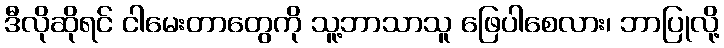
ဒီလိုဆိုရင် ငါမေးတာတွေကို သူ့ဘာသာသူ ဖြေပါစေလား၊ ဘာပြုလို့